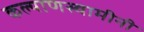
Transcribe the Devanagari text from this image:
कल्याणस्वामीनी